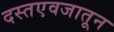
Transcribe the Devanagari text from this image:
दस्तएवजातून